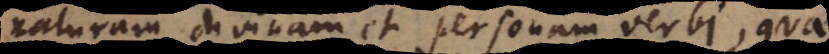
naturam divinam et personam verbi, quae